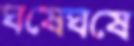
ঘষেঘষে